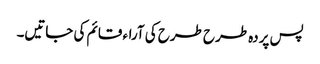
پس پردہ طرح طرح کی آراء قائم کی جاتیں۔